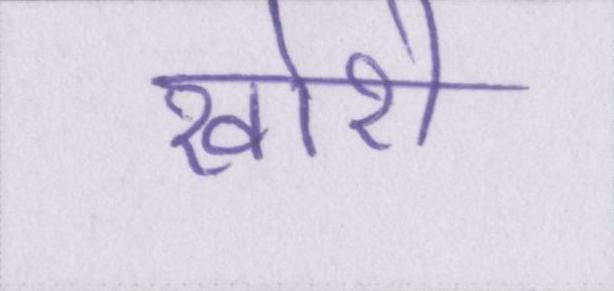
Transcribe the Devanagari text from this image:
खोरी